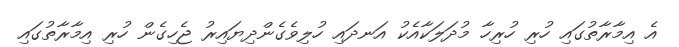
އެ އިމާރާތުގައި ހުރި ހުރިހާ މުދަލަކާއެކު އަނދައި ހުލިވެގެންދިޔައިރު ޖެހިގެން ހުރި އިމާރާތުގައި